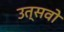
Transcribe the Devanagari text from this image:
उत्सवो